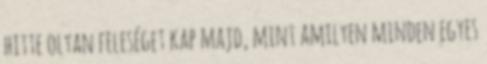
hitte olyan feleséget kap majd, mint amilyen minden egyes